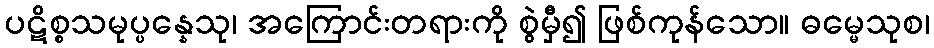
ပဋိစ္စသမုပ္ပန္နေသု၊ အကြောင်းတရားကို စွဲမှီ၍ ဖြစ်ကုန်သော။ ဓမ္မေသုစ၊